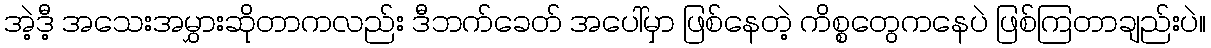
အဲ့ဒီ့ အသေးအမွှားဆိုတာကလည်း ဒီဘက်ခေတ် အပေါ်မှာ ဖြစ်နေတဲ့ ကိစ္စတွေကနေပဲ ဖြစ်ကြတာချည်းပဲ။